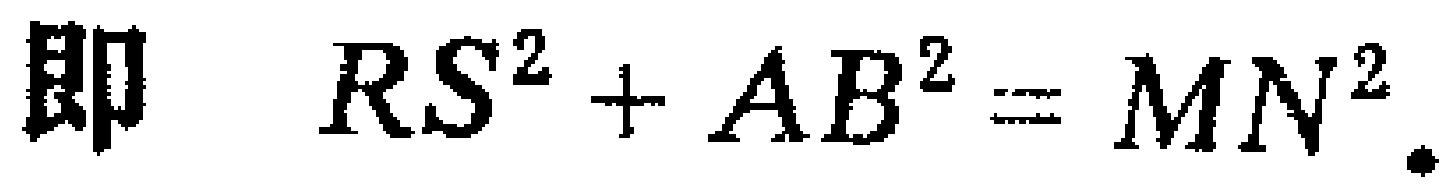
即 \(RS^{2}+AB^{2}=MN^{2}\).